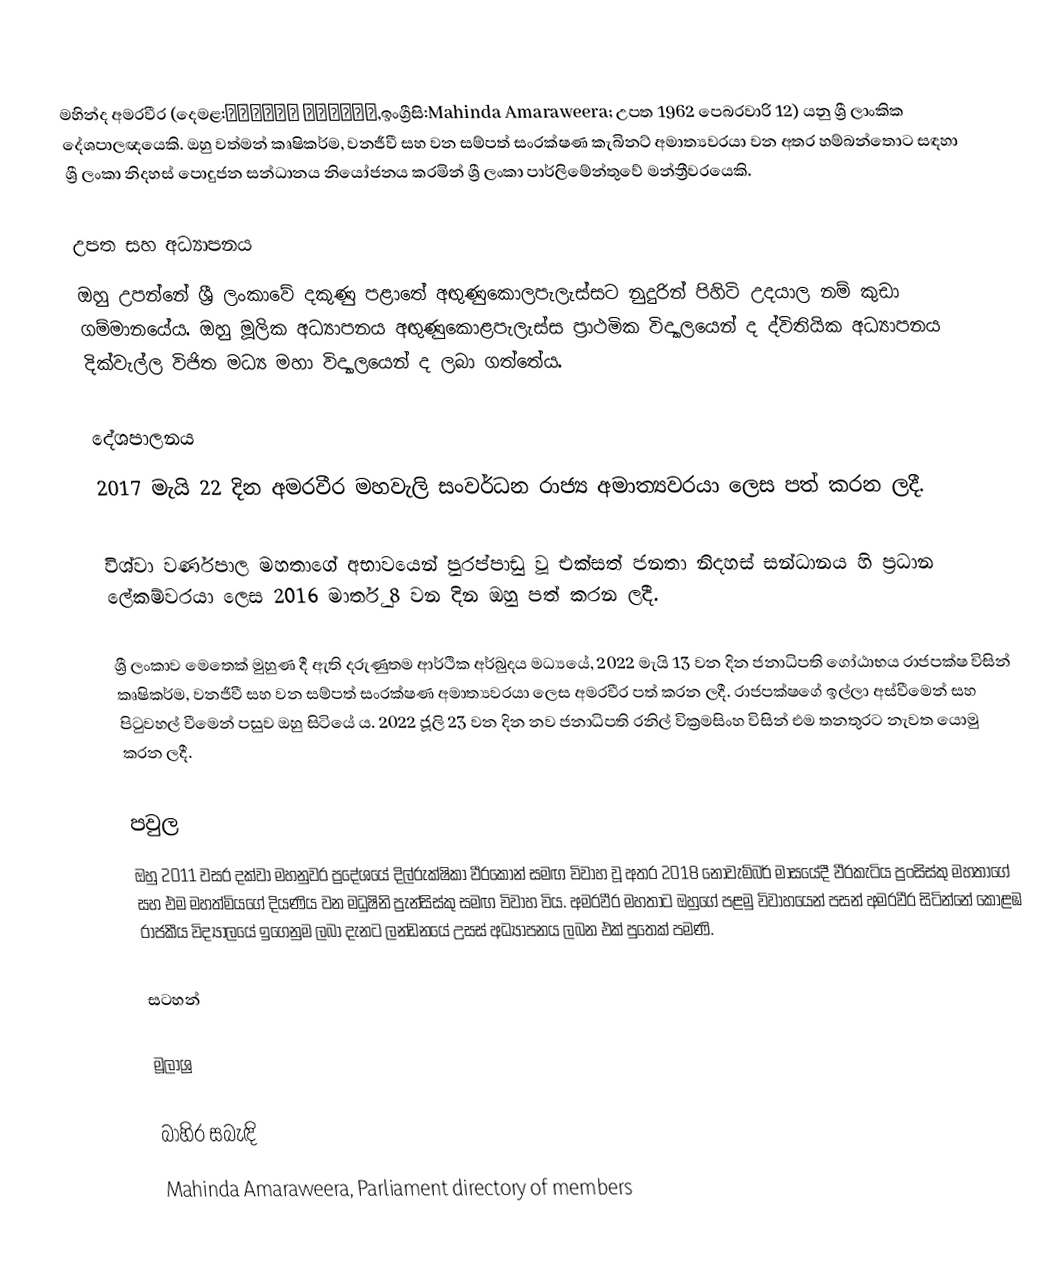
මහින්ද අමරවීර (දෙමළ:மஹிந்த அமரவீர,ඉංග්‍රීසි:Mahinda Amaraweera; උපත 1962 පෙබරවාරි 12) යනු ශ්‍රී ලාංකික දේශපාලඥයෙකි. ඔහු වත්මන් කෘෂිකර්ම, වනජීවී සහ වන සම්පත් සංරක්ෂණ කැබිනට් අමාත්‍යවරයා වන අතර හම්බන්තොට සඳහා ශ්‍රී ලංකා නිදහස් පොදුජන සන්ධානය නියෝජනය කරමින් ශ්‍රී ලංකා පාර්ලිමේන්තුවේ මන්ත්‍රීවරයෙකි.

උපත සහ අධ්‍යාපනය
ඔහු උපන්නේ ශ්‍රී ලංකාවේ දකුණු පළාතේ අඟුණුකොලපැලැස්සට නුදුරින් පිහිටි උදයාල නම් කුඩා ගම්මානයේය. ඔහු මූලික අධ්‍යාපනය අඟුණුකොළපැලැස්ස ප්‍රාථමික විද්‍යාලයෙන් ද ද්විතියික අධ්‍යාපනය දික්වැල්ල විජිත මධ්‍ය මහා විද්‍යාලයෙන් ද ලබා ගත්තේය.

දේශපාලනය
2017 මැයි 22 දින අමරවීර මහවැලි සංවර්ධන රාජ්‍ය අමාත්‍යවරයා ලෙස පත් කරන ලදී.

විශ්වා වර්ණපාල මහතාගේ අභාවයෙන් පුරප්පාඩු වූ එක්සත් ජනතා නිදහස් සන්ධානය හි ප්‍රධාන ලේකම්වරයා ලෙස 2016 මාර්තු 8 වන දින ඔහු පත් කරන ලදී.

ශ්‍රී ලංකාව මෙතෙක් මුහුණ දී ඇති දරුණුතම ආර්ථික අර්බුදය මධ්‍යයේ, 2022 මැයි 13 වන දින ජනාධිපති ගෝඨාභය රාජපක්ෂ විසින් කෘෂිකර්ම, වනජීවී සහ වන සම්පත් සංරක්ෂණ අමාත්‍යවරයා ලෙස අමරවීර පත් කරන ලදී. රාජපක්ෂගේ ඉල්ලා අස්වීමෙන් සහ පිටුවහල් වීමෙන් පසුව ඔහු සිටියේ ය. 2022 ජූලි 23 වන දින නව ජනාධිපති රනිල් වික්‍රමසිංහ විසින් එම තනතුරට නැවත යොමු කරන ලදී.

පවුල
ඔහු 2011 වසර දක්වා මහනුවර ප්‍රදේශයේ දිල්රුක්ෂිකා වීරකෝන් සමඟ විවාහ වූ අතර 2018 නොවැම්බර් මාසයේදී වීරකැටිය ප්‍රංසිස්කු මහතාගේ සහ එම මහත්මියගේ දියණිය වන මධුෂිනි ප්‍රැන්සිස්කු සමඟ විවාහ විය. අමරවීර මහතාට ඔහුගේ පළමු විවාහයෙන් පසන් අමරවීර සිටින්නේ කොළඹ රාජකීය විද්‍යාලයේ ඉගෙනුම ලබා දැනට ලන්ඩනයේ උසස් අධ්‍යාපනය ලබන එක් පුතෙක් පමණි.

සටහන්

මූලාශ්‍ර

බාහිර සබැඳි
 Mahinda Amaraweera, Parliament directory of members